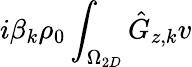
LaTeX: i\beta_{k}\rho_{0}\int_{\Omega_{2D}}\hat{G}_{z,k}v